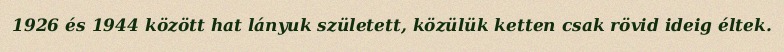
1926 és 1944 között hat lányuk született, közülük ketten csak rövid ideig éltek.